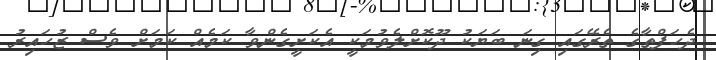
ދެހަފްތާގެ ތެރޭގައި ގިނަ ބަޔަކު ދޫކޮށްލެވުމަކީ އެކަށީގެންވާ ކަމެއް ކަމަށް ވެސް ޒުހައިރު